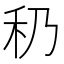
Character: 䄧